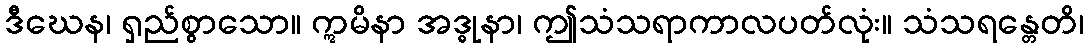
ဒီဃေန၊ ရှည်စွာသော။ ဣမိနာ အဒ္ဓုနာ၊ ဤသံသရာကာလပတ်လုံး။ သံသရန္တေတိ၊